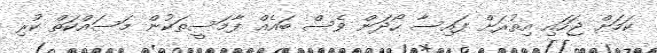
ކަމަށް ޖަހައި އިތުރަށް ފައިސާ ހޯދަން ވެސް ބައެއް ފާމަސީތަކުން މަސައްކަތް ކުރި